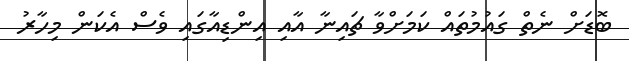
ބޮޑަށް ނެތް ގައުމުތައް ކަމަށްވާ ޗައިނާ އާއި އިންޑިއާގައި ވެސް އެކަން މިހާރު